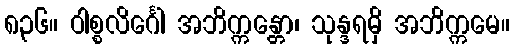
၈၃၆။ ဝါစ္စလိင်္ဂေါ အဘိက္ကန္တော၊ သုန္ဒရမှိ အဘိက္ကမေ။